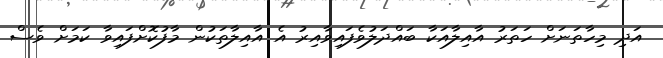
އަދި މިހާތަނަށް ހަތަރު އާއިލާއަކާ ބައްދަލުވެފައިވާއިރު އެ އާއިލާތަކުން މާފުކޮށްފައިވާ ކަމަށް ވެސް